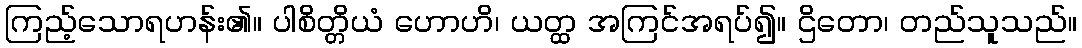
ကြည့်သောရဟန်း၏။ ပါစိတ္တိယံ ဟောဟိ၊ ယတ္ထ အကြင်အရပ်၍။ ဌိတော၊ တည်သူသည်။